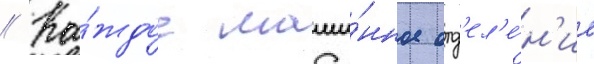
// Ка́ждое маши́нное отд'ел'е́н'ие